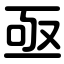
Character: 亟